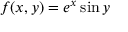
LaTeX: \, \! f ( x , y ) = e ^ { x } \sin y